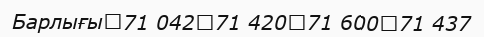
Барлығы	71 042	71 420	71 600	71 437